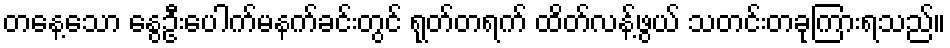
တနေ့သော နွေဦးပေါက်မနက်ခင်းတွင် ရုတ်တရက် ထိတ်လန့်ဖွယ် သတင်းတခုကြားရသည်။